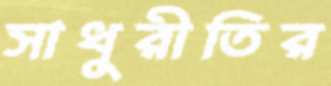
সাধুরীতির